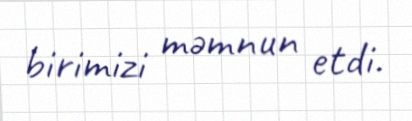
birimizi məmnun etdi.